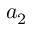
a _ { 2 }